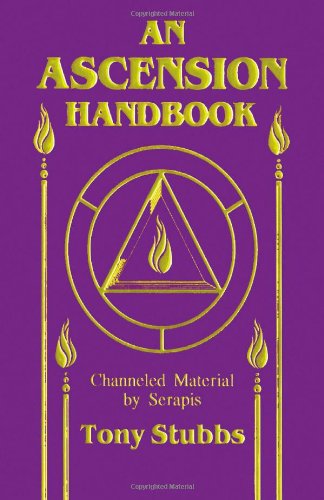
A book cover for An Ascension Handbook: Material Channeled from Serapis; Tony Stubbs; Religion & Spirituality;